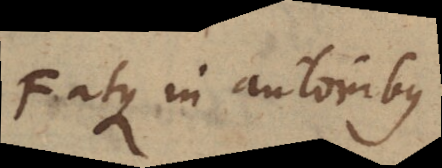
F atque in autoribus